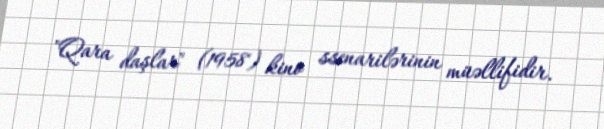
"Qara daşlar" (1958) kino ssenarilərinin müəllifidir.